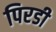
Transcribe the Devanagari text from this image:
पिरडी